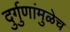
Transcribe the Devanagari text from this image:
दुर्गुणांमुळेच